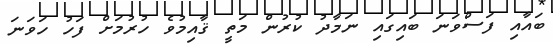
ބައާއި ފަސްވަނަ ބައިގައި ނަމާދު ކުރުން މަތީ ޤާއިމުވެ ހުރުމަށް ފަހު ހަވަނަ